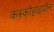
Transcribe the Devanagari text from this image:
कस्कोहाइग्रीन